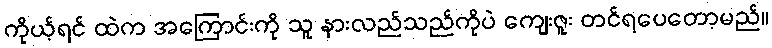
ကိုယ့်ရင် ထဲက အကြောင်းကို သူ နားလည်သည်ကိုပဲ ကျေးဇူး တင်ရပေတော့မည်။